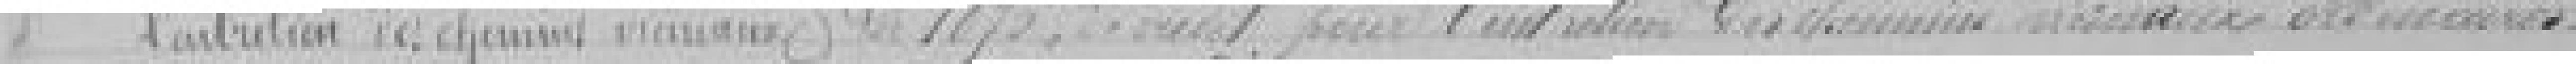
de 1875 de crédit pour l'entretien des chemins vicinaux ordinaires.